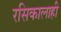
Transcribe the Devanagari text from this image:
रसिकालाही